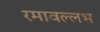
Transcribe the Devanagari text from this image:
रमावल्लभ